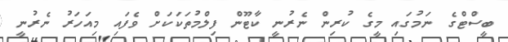
ބީސްޓްގެ ނަމުގައި މީގެ ކުރިން ނެރުނީ ކާޓޫން ފިލްމުތަކަކަށް ވެފައި މިއަހަރު ނެރުނީ